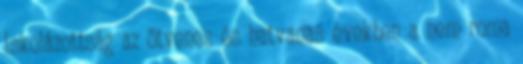
Iskolázottság az ötvenes és hatvanas években a nem roma